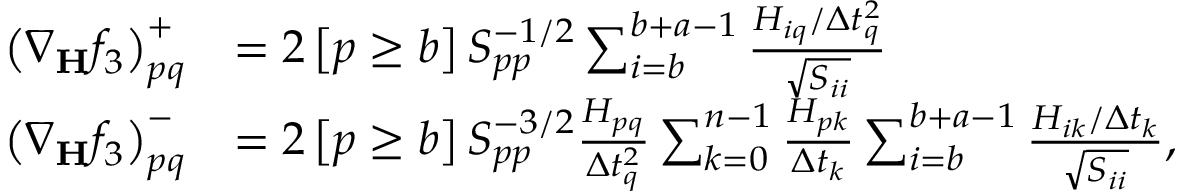
\begin{array} { r l } { \left( \nabla _ { \mathbf { H } } f _ { 3 } \right) _ { p q } ^ { + } } & { = 2 \left[ p \ge b \right] S _ { p p } ^ { - 1 / 2 } \sum _ { i = b } ^ { b + a - 1 } \frac { H _ { i q } / \Delta t _ { q } ^ { 2 } } { \sqrt { S _ { i i } } } } \\ { \left( \nabla _ { \mathbf { H } } f _ { 3 } \right) _ { p q } ^ { - } } & { = 2 \left[ p \ge b \right] S _ { p p } ^ { - 3 / 2 } \frac { H _ { p q } } { \Delta t _ { q } ^ { 2 } } \sum _ { k = 0 } ^ { n - 1 } \frac { H _ { p k } } { \Delta t _ { k } } \sum _ { i = b } ^ { b + a - 1 } \frac { H _ { i k } / \Delta t _ { k } } { \sqrt { S _ { i i } } } , } \end{array}